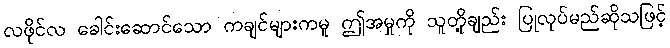
လဖိုင်လ ခေါင်းဆောင်သော ကချင်များကမူ ဤအမှုကို သူတို့ချည်း ပြုလုပ်မည်ဆိုသဖြင့်